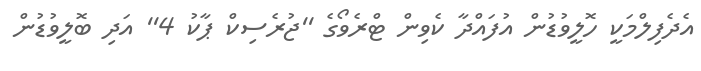
އެދެފިލްމަކީ ހޮލީވުޑުން އުފައްދާ ކެވިން ޓްރެވޯގެ ''ޖުރެސިކް ޕާކު 4'' އަދި ބޮލީވުޑުން